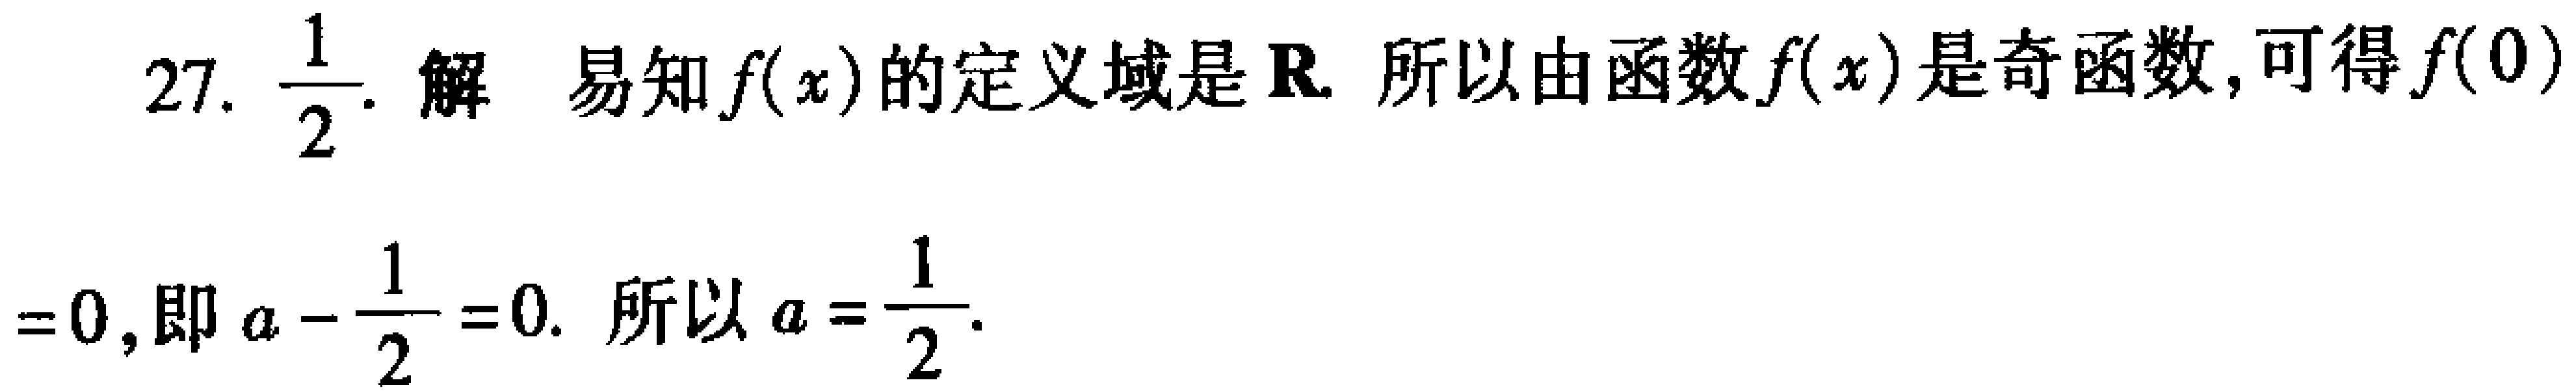
27. $\frac{1}{2}$. 解 易知$f(x)$的定义域是$\mathbf{R}$. 所以由函数$f(x)$是奇函数, 可得$f(0)$

$=0$, 即$a - \frac{1}{2} = 0$. 所以$a = \frac{1}{2}$.